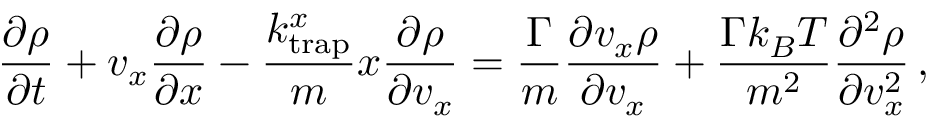
\frac { \partial \rho } { \partial t } + v _ { x } \frac { \partial \rho } { \partial x } - \frac { k _ { \mathrm { t r a p } } ^ { x } } { m } x \frac { \partial \rho } { \partial v _ { x } } = \frac { \Gamma } { m } \frac { \partial v _ { x } \rho } { \partial v _ { x } } + \frac { \Gamma k _ { B } T } { m ^ { 2 } } \frac { \partial ^ { 2 } \rho } { \partial v _ { x } ^ { 2 } } \, ,